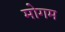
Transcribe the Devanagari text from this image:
मोगम